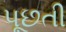
પૂછતી